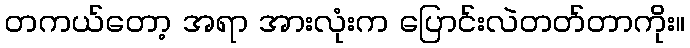
တကယ်တော့ အရာ အားလုံးက ပြောင်းလဲတတ်တာကိုး။